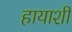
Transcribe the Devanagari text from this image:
हायाशी